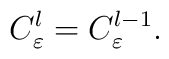
C^{l}_{\varepsilon}=C^{l-1}_{\varepsilon}.